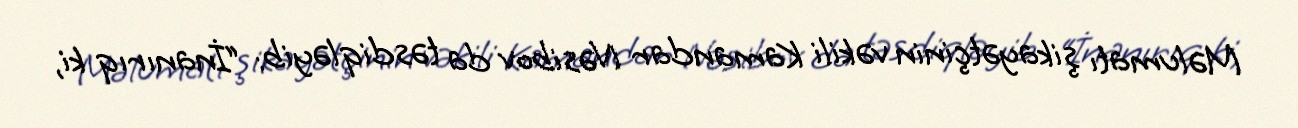
Məlumatı şikayətçinin vəkili Kamandar Nəsibov da təsdiqləyib: “İnanırıq ki,